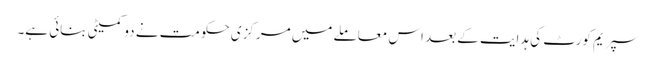
سپریم کورٹ کی ہدایت کے بعد اس معاملے میں مرکزی حکومت نے دو کمیٹی بنائی ہے۔